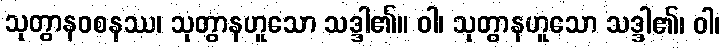
သုတွာနဝစနဿ၊ သုတွာနဟူသော သဒ္ဒါ၏။ ဝါ၊ သုတွာနဟူသော သဒ္ဒါ၏၊ ဝါ၊